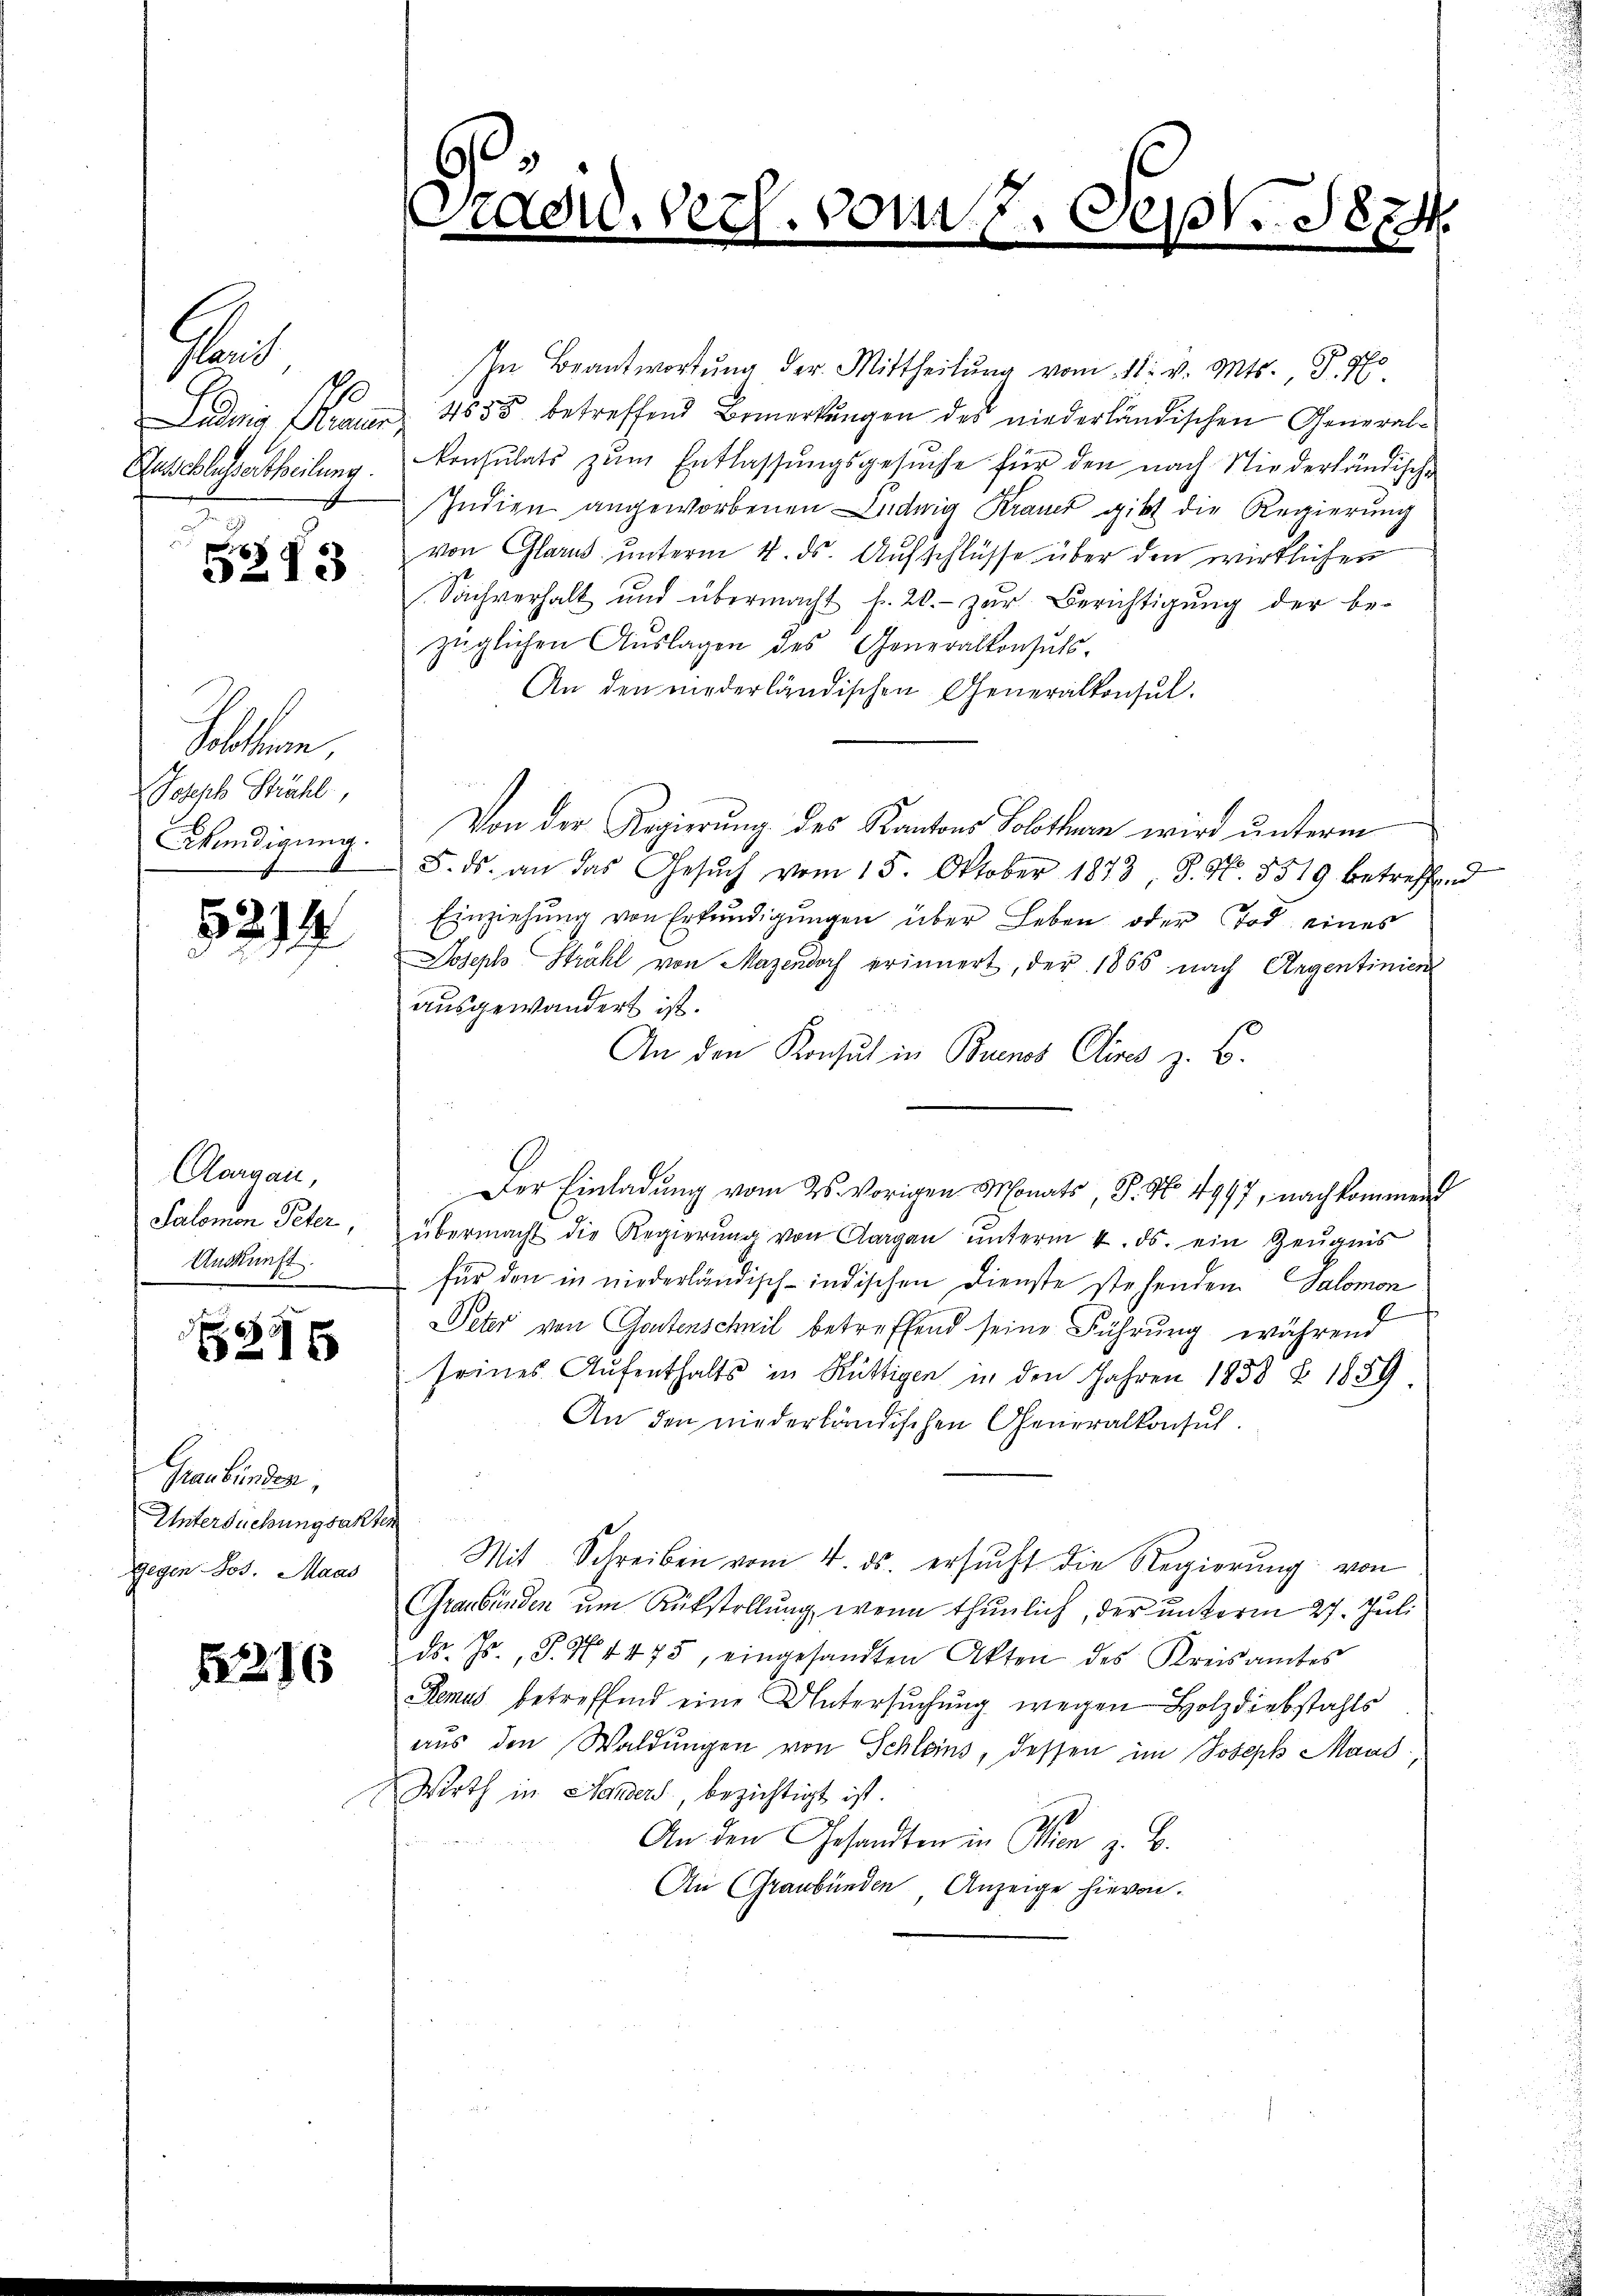
Hand
udie Samm
Ausschlussertheilung.

3273

Fellen
Joseph Strahl,

5214

Aargau,
Salomon Peter,
Ankunft.
D

245

Graubünden
Untersuchungsakten
Gegen Jos. Maas

1216

In Beantwortung der Mittheilŭng vom 11. v. Mts. S. 9
4555 betreffend Bemerkungen des niederländischen General¬
Konsulats zŭm Entlassungsgesŭche für den nach Niederländische
Indien angeworbenen Ludwig Krauer gibt die Regierung
von Glarus unterm 4. ds. Aufschlüsse über den wirklichen
Sachverhalt und übermacht fr. 20.- zŭr Berichtigŭng der be-
züglichen Aŭslagen des Generalkonsuls.
An den niederländischen Generalkonsul
Wündigung. Von der Regierung des Kantons Solothurn wird unterm
8. ds. an das Gesŭch vom 15. Oktober 1873, S. Nr. 3519 betreffend
Einziehung von Erkundigungen über Leben oder Tod eines
Joseph Strahl von Mazendorf erinnert, der 1865 nach Angentinien
ausgewandert ist.

An den Konsul in Buenos Olives z. B.
Der Einladŭng vom 26. Vorigen Monats, S. No. 4997, nachkommend
übermacht die Regierŭng von Aargau ŭnterm 4. ds. ein Zeŭgnis
für den in niederländisch-indischen Dienste stehenden Salomon
l
Peter von Gantenschnil betreffend seine Führung während
seines Aŭfenthalts in Rüttigen in den Jahren 1858 § 1859
An den niederländischen Generalkonsul
Mit Schreiben vom 4. ds. ersŭcht die Regierŭng von
Graubünden um Rükstellung, wenn thunlich, der unterm 27. Juli
ds. Js., S. 4475, eingesandten Akten des Kreisamtes
Renus betreffend eine Untersuchung wegen Holzdiebstahls
aus den Waldungen von Schleins, dessen im Joseph Maas
Woth in Handers, bezichtigt ist.
An den Gesandten in Wien z. B.
An (Graubünden Anzeige hievon.

Pacid, der

vor
17. Sept. 1874.
.
m